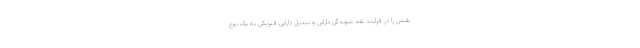
نقش را در فرایند نقد شوندگی دارایی و تبدیل دارایی فیزیکی به یک نوع